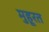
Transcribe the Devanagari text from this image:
मुहूरत